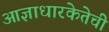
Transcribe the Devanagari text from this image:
आज्ञाधारकेतेची